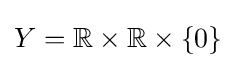
Y=\mathbb {R} \times \mathbb {R} \times \{0\}